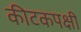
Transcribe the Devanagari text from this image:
कीटकपक्षी